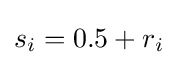
s_{i}=0.5+r_{i}